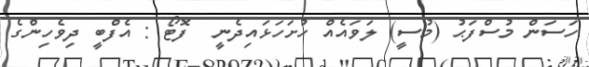
ހަސަން މުސްފަޙު (މުސީ) ލަވައެއް ހުށަހަޅައިދެނީ  ފޮޓޯ : އެފްބީ ދިވެހިންގެ